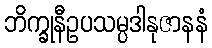
ဘိက္ခုနီဥပသမ္ပဒါနုဇာနနံ